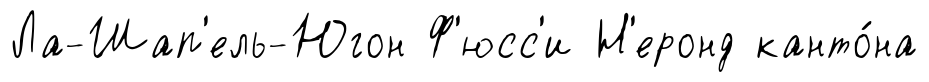
Ла-Шап'ель-Югон Ф'юсс'и Н'еронд канто́на